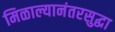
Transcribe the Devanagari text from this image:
मिळाल्यानंतरसुद्धा